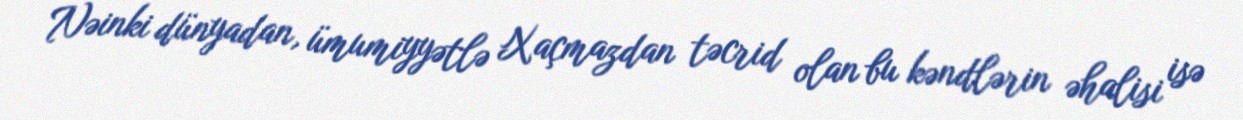
Nəinki dünyadan, ümumiyyətlə Xaçmazdan təcrid olan bu kəndlərin əhalisi isə